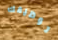
توظيفك